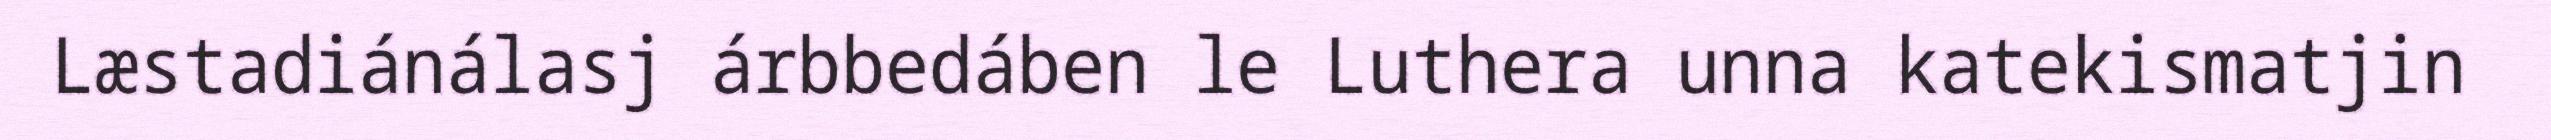
Læstadiánálasj árbbedáben le Luthera unna katekismatjin